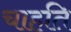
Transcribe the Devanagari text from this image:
चाहति